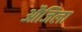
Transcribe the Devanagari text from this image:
औजिला